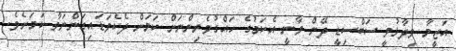
އަޒީމާ ވިދާޅުވީ ސަބްސިޑީ ދޭން ވާނީ އެކަމުގެ ހައްގުވެރިންނަށް ކަަމަށް ދެކެވަޑައިގަންނަވާ ކަމަށެވެ.